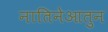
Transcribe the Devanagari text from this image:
नातिनेआतुन